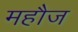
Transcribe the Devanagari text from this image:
महौज